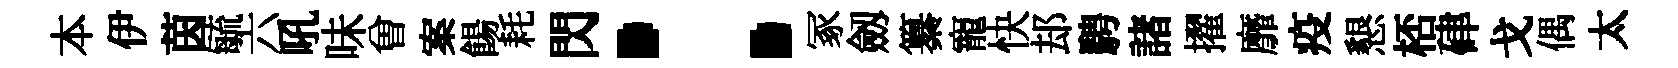
本伊茵毓六吼味曽案餳耗閃：冢劔纂寵快𨚫騁諸擢靡疫懇桮硉戈偶太